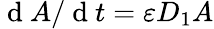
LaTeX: \mathrm{~d~}A/\mathrm{~d~}t=\varepsilon D_{1}A